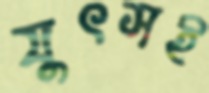
যুৎসই